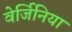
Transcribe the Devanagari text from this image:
वेर्जिनिया